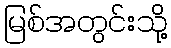
မြစ်အတွင်းသို့